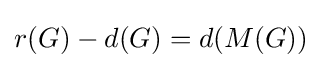
r(G)-d(G)=d(M(G))